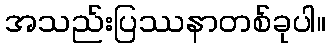
အသည်းပြဿနာတစ်ခုပါ။